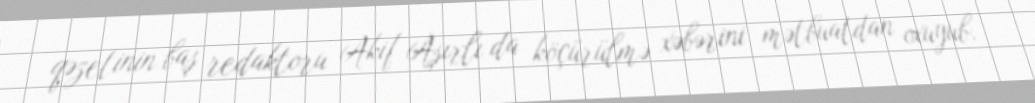
qəzetinin baş redaktoru Akif Aşırlı da köçürülmə xəbərini mətbuatdan oxuyub.